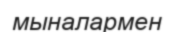
мыналармен